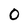
Character: 0